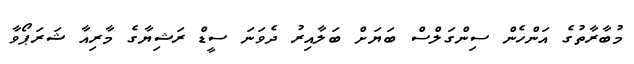
މުބާރާތުގެ އަންހެން ސިންގަލްސް ބަޔަށް ބަލާއިރު ދެވަނަ ސީޑް ރަޝިޔާގެ މާރިއާ ޝަރަޕޯވާ